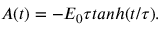
A ( t ) = - E _ { 0 } \tau t a n h ( t / \tau ) .